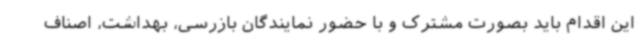
این اقدام باید بصورت مشترک و با حضور نمایندگان بازرسی، بهداشت، اصناف